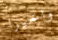
واخيرا